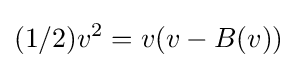
(1/2)v^{2}=v(v-B(v))